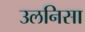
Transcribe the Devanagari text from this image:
उलनिसा